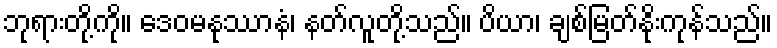
ဘုရားတို့ကို။ ဒေဝမနုဿာနံ၊ နတ်လူတို့သည်။ ပိယာ၊ ချစ်မြတ်နိုးကုန်သည်။